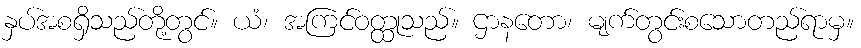
နှပ်အစရှိသည်တို့တွင်။ ယံ၊ အကြင်ဝတ္ထုသည်။ ဌာနတော၊ မျက်တွင်းစသောတည်ရာမှ။